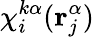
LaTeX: \chi_{i}^{k\alpha}(\mathbf{r}_{j}^{\alpha})